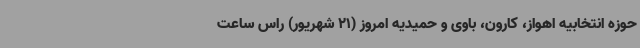
حوزه انتخابیه اهواز، کارون، باوی و حمیدیه امروز (21 شهریور) راس ساعت